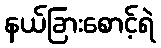
နယ်ခြားစောင့်ရဲ